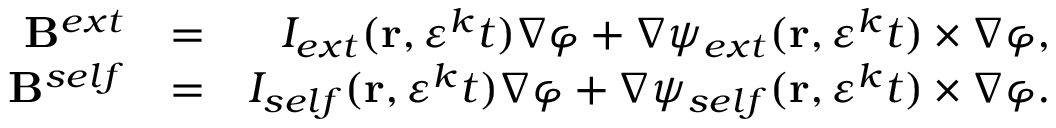
\begin{array} { r l r } { \mathbf { B } ^ { e x t } } & { = } & { I _ { e x t } ( \mathbf { r } , \varepsilon ^ { k } t ) \nabla \varphi + \nabla \psi _ { e x t } ( \mathbf { r } , \varepsilon ^ { k } t ) \times \nabla \varphi , } \\ { \mathbf { B } ^ { s e l f } } & { = } & { I _ { s e l f } ( \mathbf { r } , \varepsilon ^ { k } t ) \nabla \varphi + \nabla \psi _ { s e l f } ( \mathbf { r } , \varepsilon ^ { k } t ) \times \nabla \varphi . } \end{array}